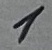
Text: 1